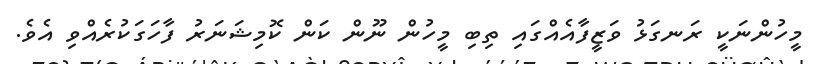
މީހުންނަކީ ރަނގަޅު ވަޒީފާއެއްގައި ތިބި މީހުން ނޫން ކަން ކޮމިޝަނަރު ފާހަގަކުރެއްވި އެވެ.